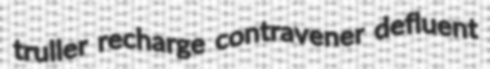
truller recharge contravener defluent